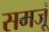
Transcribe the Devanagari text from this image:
समजूं